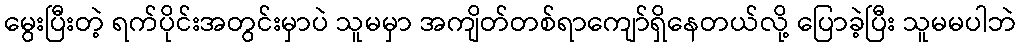
မွေးပြီးတဲ့ ရက်ပိုင်းအတွင်းမှာပဲ သူမမှာ အကျိတ်တစ်ရာကျော်ရှိနေတယ်လို့ ပြောခဲ့ပြီး သူမမပါဘဲ